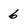
Character: 6